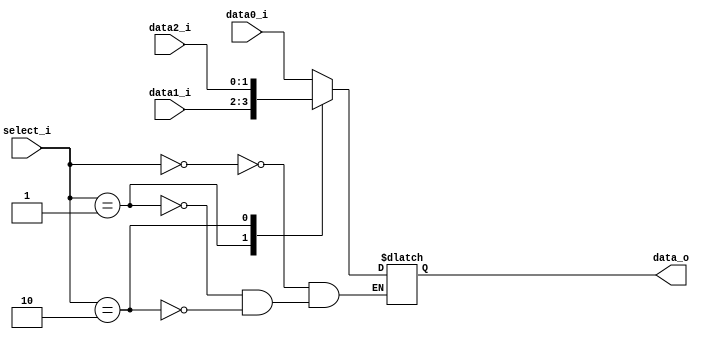
`timescale 1ns / 1ps
//////////////////////////////////////////////////////////////////////////////////
// Company: 
// Engineer: 
// 
// Design Name: 
// Module Name:    Mux_3to1 
// Project Name: 
// Target Devices: 
// Tool versions: 
// Description: 
//
// Dependencies: 
//
// Revision: 
// Revision 0.01 - File Created
// Additional Comments: 
//
//////////////////////////////////////////////////////////////////////////////////
//0316303fM_0316309S
module MUX_3to1(
               data0_i,
               data1_i,
				data2_i,
               select_i,
               data_o
               );

parameter size = 0;			   
			
//I/O ports               
input   [size-1:0] data0_i;          
input   [size-1:0] data1_i;
input   [size-1:0] data2_i;

input    [2-1:0]         select_i;
output  [size-1:0] data_o; 

//Internal Signals
reg     [size-1:0] data_o;

//Main function
always@(*)
begin
	case(select_i)
	0:
		data_o = data0_i;
	1:
		data_o = data1_i;
	2:
		data_o = data2_i;
	endcase
	
end
endmodule